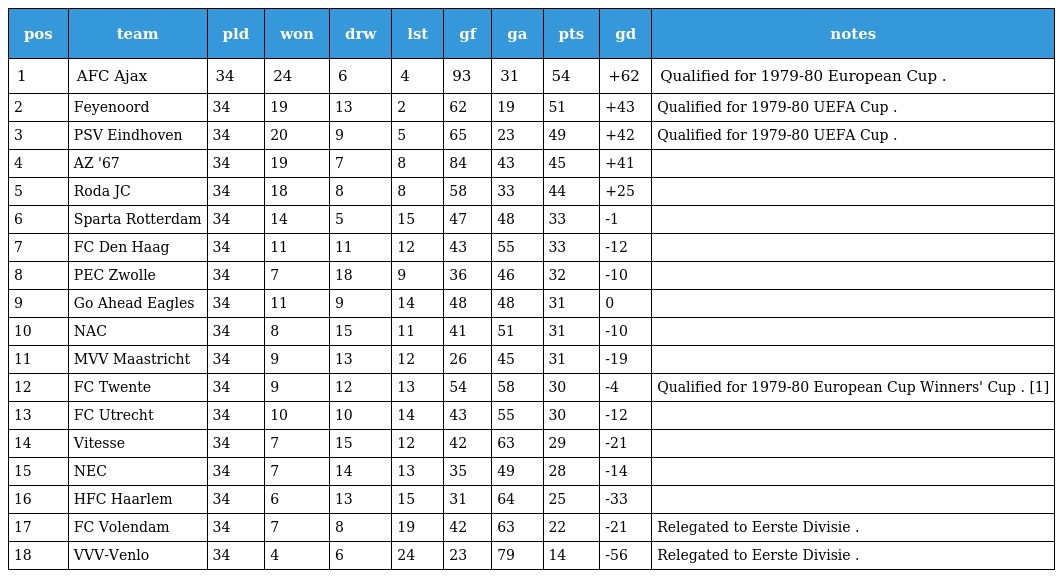
| pos | team | pld | won | drw | lst | gf | ga | pts | gd | notes |
 | --- | --- | --- | --- | --- | --- | --- | --- | --- | --- | --- |
 | 1 | AFC Ajax | 34 | 24 | 6 | 4 | 93 | 31 | 54 | +62 | Qualified for 1979-80 European Cup . |
 | 2 | Feyenoord | 34 | 19 | 13 | 2 | 62 | 19 | 51 | +43 | Qualified for 1979-80 UEFA Cup . |
 | 3 | PSV Eindhoven | 34 | 20 | 9 | 5 | 65 | 23 | 49 | +42 | Qualified for 1979-80 UEFA Cup . |
 | 4 | AZ '67 | 34 | 19 | 7 | 8 | 84 | 43 | 45 | +41 |  |
 | 5 | Roda JC | 34 | 18 | 8 | 8 | 58 | 33 | 44 | +25 |  |
 | 6 | Sparta Rotterdam | 34 | 14 | 5 | 15 | 47 | 48 | 33 | -1 |  |
 | 7 | FC Den Haag | 34 | 11 | 11 | 12 | 43 | 55 | 33 | -12 |  |
 | 8 | PEC Zwolle | 34 | 7 | 18 | 9 | 36 | 46 | 32 | -10 |  |
 | 9 | Go Ahead Eagles | 34 | 11 | 9 | 14 | 48 | 48 | 31 | 0 |  |
 | 10 | NAC | 34 | 8 | 15 | 11 | 41 | 51 | 31 | -10 |  |
 | 11 | MVV Maastricht | 34 | 9 | 13 | 12 | 26 | 45 | 31 | -19 |  |
 | 12 | FC Twente | 34 | 9 | 12 | 13 | 54 | 58 | 30 | -4 | Qualified for 1979-80 European Cup Winners' Cup . [1] |
 | 13 | FC Utrecht | 34 | 10 | 10 | 14 | 43 | 55 | 30 | -12 |  |
 | 14 | Vitesse | 34 | 7 | 15 | 12 | 42 | 63 | 29 | -21 |  |
 | 15 | NEC | 34 | 7 | 14 | 13 | 35 | 49 | 28 | -14 |  |
 | 16 | HFC Haarlem | 34 | 6 | 13 | 15 | 31 | 64 | 25 | -33 |  |
 | 17 | FC Volendam | 34 | 7 | 8 | 19 | 42 | 63 | 22 | -21 | Relegated to Eerste Divisie . |
 | 18 | VVV-Venlo | 34 | 4 | 6 | 24 | 23 | 79 | 14 | -56 | Relegated to Eerste Divisie . |